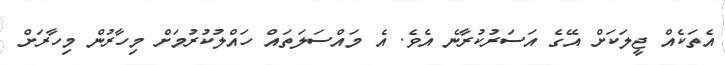
އެތަކެއް ޖީލަކަށް އޭގެ އަސަރުކުރާނެ އެވެ. އެ މައްސަލަތައް ހައްލުކުރުމަށް މިހާރުން މިހާރަށް